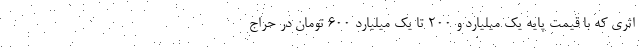
اثری که با قیمت پایه یک میلیارد و ۲۰۰ تا یک میلیارد ۶۰۰ تومان در حراج